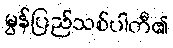
မွန်ပြည်သစ်ပါတီ၏